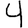
Digit: 4